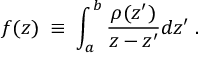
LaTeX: f ( z ) \; \equiv \; \int _ { a } ^ { b } { \frac { \rho ( z ^ { \prime } ) } { z - z ^ { \prime } } } d z ^ { \prime } \; .